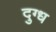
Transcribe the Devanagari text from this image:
दुग्‍ध